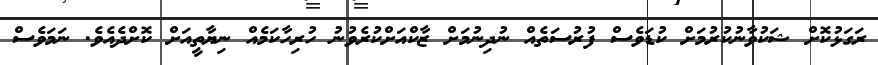
ރަގަޅުކޮށް ޝަކުވާނުކުރުމަށް ކުޑަވެސް ފުރުސަތެއް ނުދިނުމަށް ޒާކްއަށްކުރެވުނު ހުރިހާކަމެއް ނިޔާތީއަށް ކޮށްދެއެވެ. ނަމަވެސް